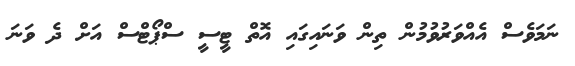
ނަމަވެސް އެއްވަރުވުމުން ތިން ވަނައިގައި އޮތް ޓީސީ ސްޕޯޓްސް އަށް ދެ ވަނަ